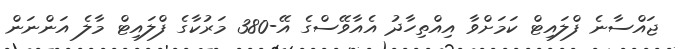
ޖައްސާނެ ފްލައިޓް ކަމަށްވާ އިއްތިހާދު އެއާވޭސްގެ އޭ-380 މަރުކާގެ ފްލައިޓް މާލެ އަންނަން